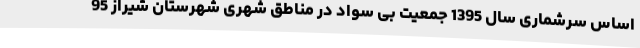
اساس سرشماری سال 1395 جمعیت بی سواد در مناطق شهری شهرستان شیراز 95